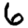
Digit: 6